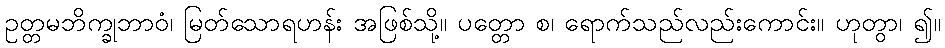
ဥတ္တမဘိက္ခုဘာဝံ၊ မြတ်သောရဟန်း အဖြစ်သို့။ ပတ္တော စ၊ ရောက်သည်လည်းကောင်း။ ဟုတွာ၊ ၍။